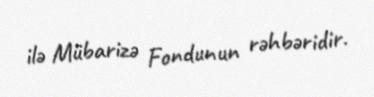
ilə Mübarizə Fondunun rəhbəridir.